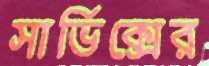
সার্ভিক্সের